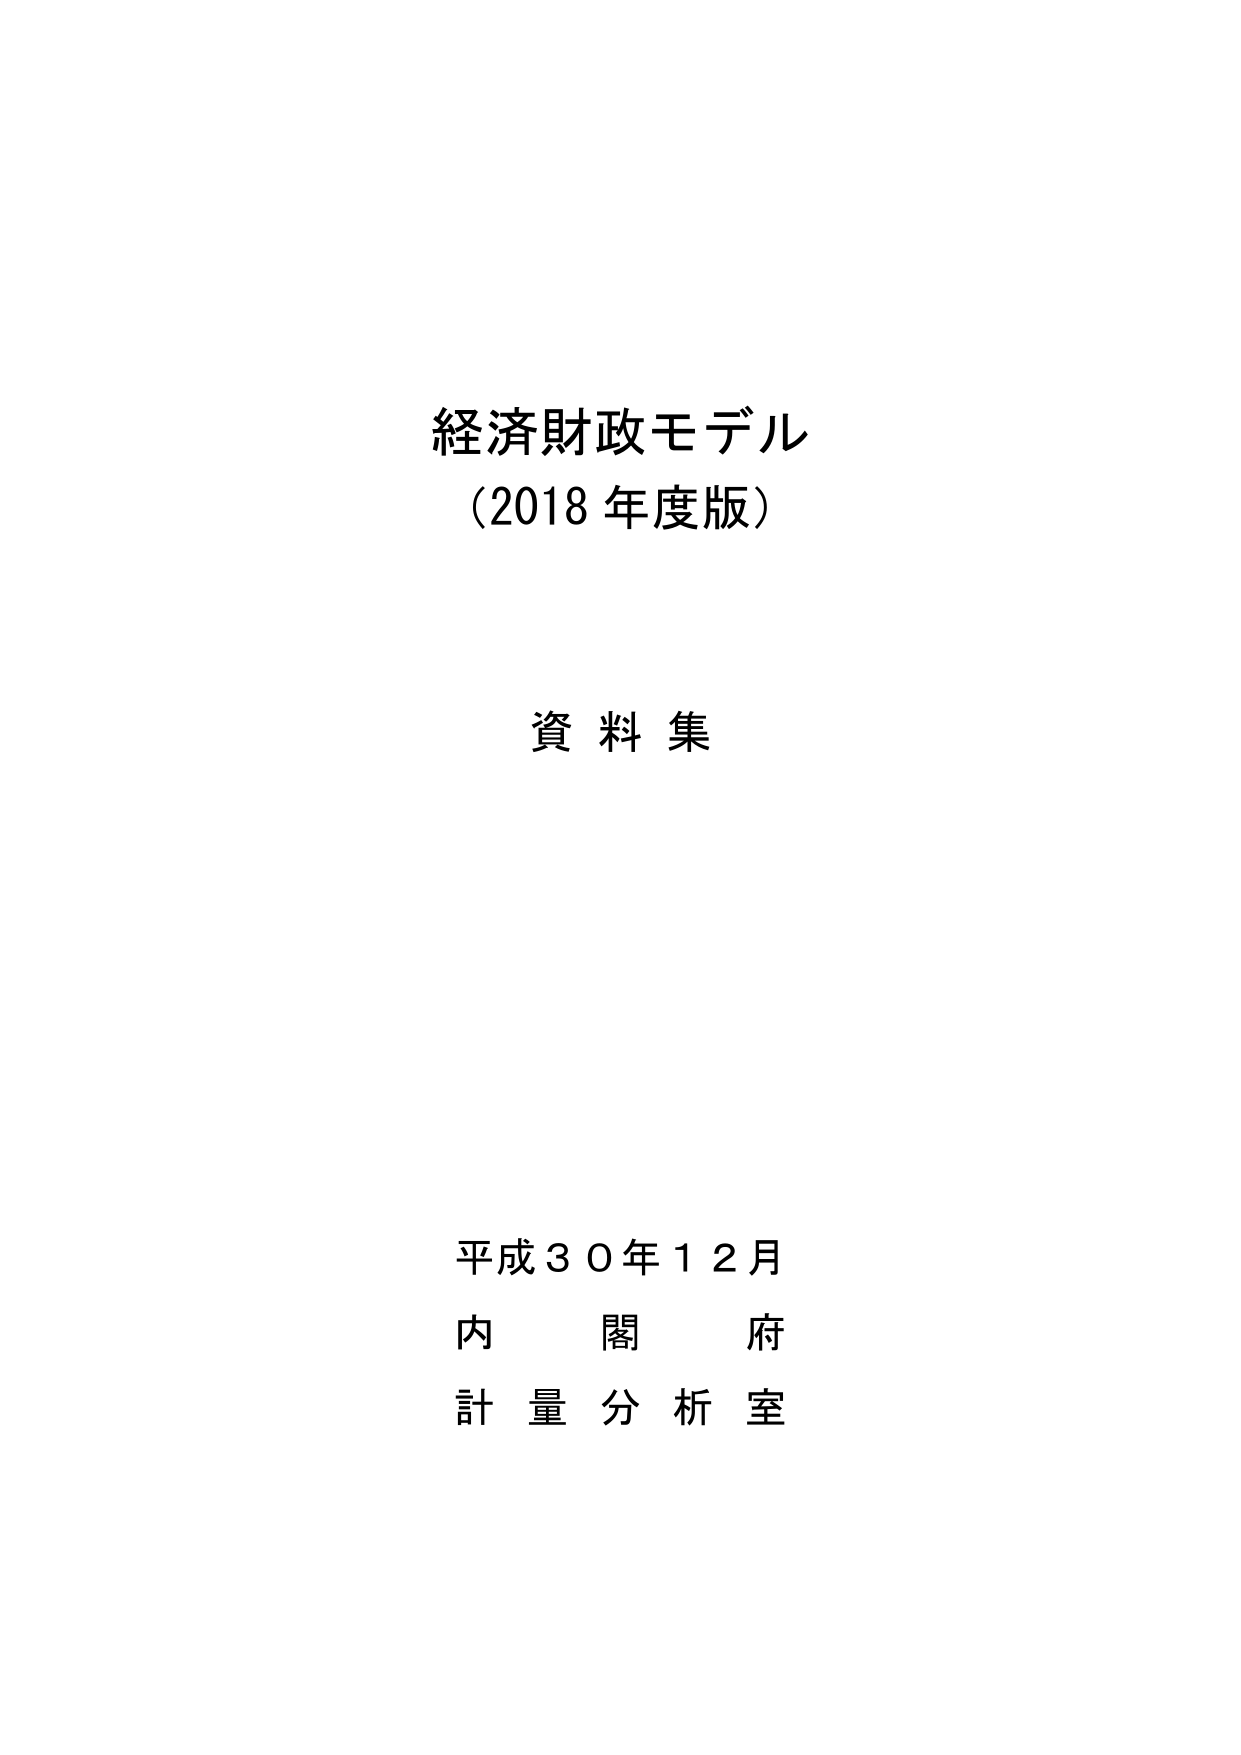
経済財政モデル
（2018年度版）

資料集

平成30年12月
内閣府
計量分析室